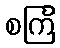
စင်္ကြ